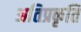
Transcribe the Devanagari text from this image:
अतिप्रकृति